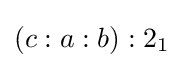
(c:a:b):2_{1}